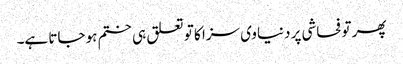
پھر تو فحاشی پر دنیاوی سزا کا تو تعلق ہی ختم ہو جاتا ہے۔